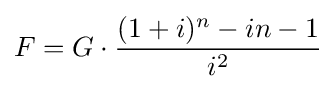
F=G\cdot {\frac {(1+i)^{n}-in-1}{i^{2}}}